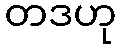
တဒဟု